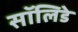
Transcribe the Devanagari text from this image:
सॉलिडे